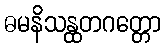
ဓမနိသန္ထတဂတ္တော